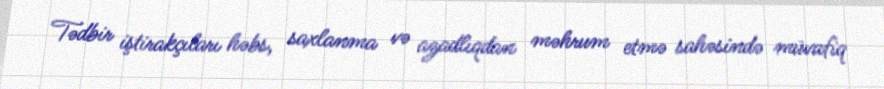
Tədbir iştirakçıları həbs, saxlanma və azadlıqdan məhrum etmə sahəsində müvafiq